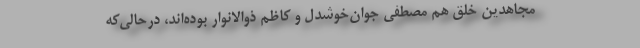
مجاهدین خلق هم مصطفی جوان‌خوشدل و كاظم ذوالانوار بوده‌اند، در‌حالی‌كه